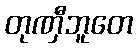
တုဏှီဘူတေ